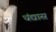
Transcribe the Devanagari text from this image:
धंद्यास